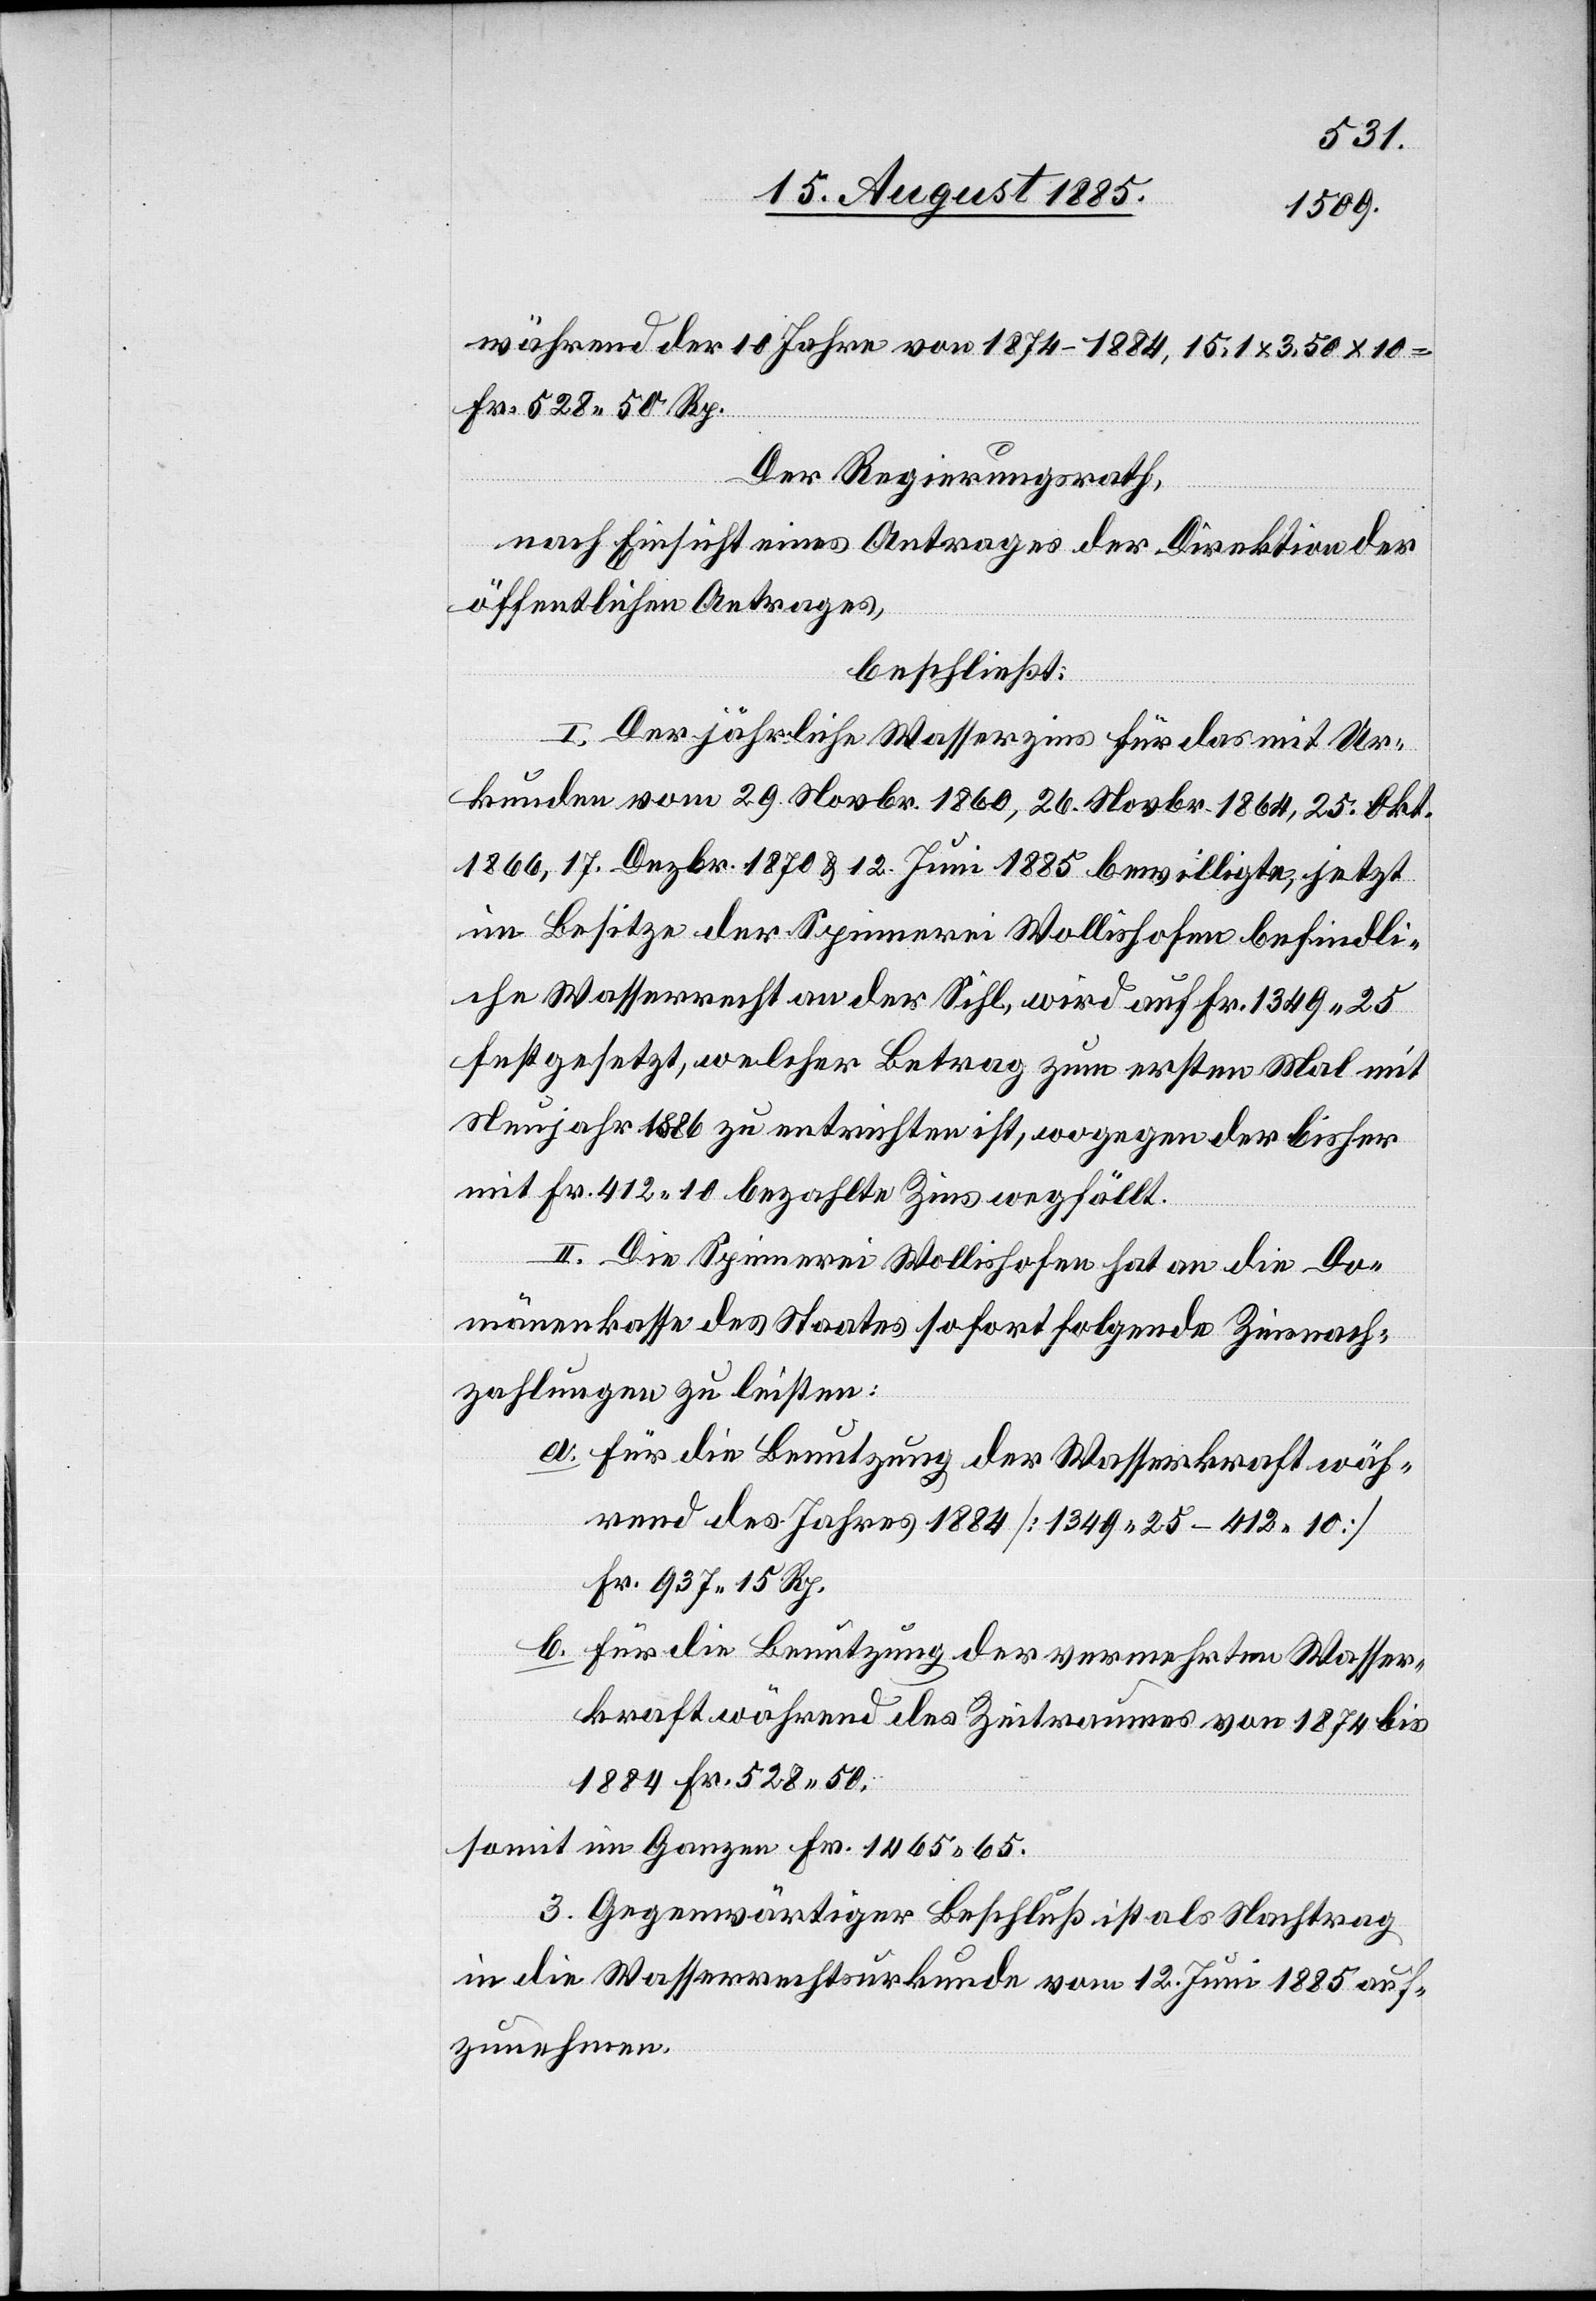
während der 10 Jahre von 1874–1884, 15.1 x 3.50 x 10
Fr. 528 50 Rp.
Der Regierungsrath,
nach Einsicht eines Antrages der Direktion der
öffentlichen Antrages
beschließt:
I. Der jährliche Wasserzins für das mit Ur¬
kunden vom 29. Novbr. 1860, 26. Novbr. 1864, 25. Okt.
1866, 17. Dezbr. 1870 & 12. Juni 1885 bewilligte, jetzt
im Besitze der Spinnerei Wollishofen befindli¬
che Wasserrecht an der Sihl, wird auf Fr. 1349 25
festgesetzt, welcher Betrag zum ersten Mal mit
Neujahr 1886 zu entrichten ist, wogegen der bisher
mit Fr. 412 10 bezahlte Zins wegfällt.
II. Die Spinnerei Wollishofen hat an die Do¬
mänenkasse des Staates sofort folgende Zinsnach¬
zahlungen zu leisten:
a. Für die Benutzung der Wasserkraft wäh¬
rend des Jahres 1884 [1349 25 – 412 10]
Fr. 937 15 Rp.
b. Für die Benutzung der vermehrten Wasser¬
kraft während des Zeitraumes von 1874 bis
1884 Fr. 528 50.
somit im Ganzen Fr. 1465 65.
III. Gegenwärtiger Beschluß ist als Nachtrag
in die Wasserrechtsurkunde vom 12. Juni 1885 auf¬
zunehmen.